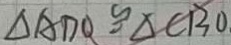
\Delta A D Q \cong \Delta C B O